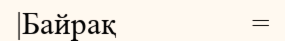
|Байрақ                 =